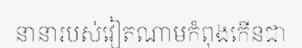
នានារបស់វៀតណាមកំពុងកើនជា